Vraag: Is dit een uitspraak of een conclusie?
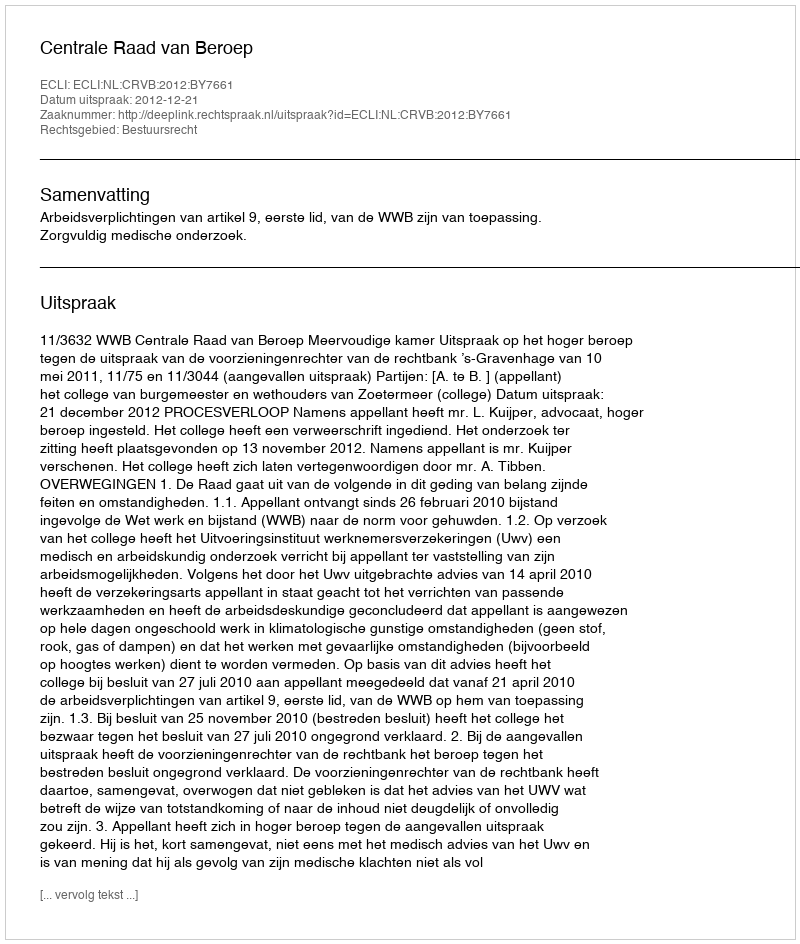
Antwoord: Uitspraak